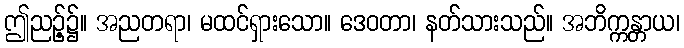
ဤညဉ့်၌။ အညတရာ၊ မထင်ရှားသော။ ဒေဝတာ၊ နတ်သားသည်။ အဘိက္ကန္တာယ၊